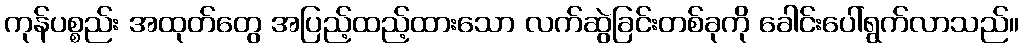
ကုန်ပစ္စည်း အထုတ်တွေ အပြည့်ထည့်ထားသော လက်ဆွဲခြင်းတစ်ခုကို ခေါင်းပေါ်ရွက်လာသည်။